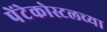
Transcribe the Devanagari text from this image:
पेंटेकोस्टलच्या